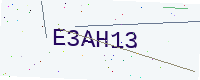
Text: E3AH13